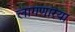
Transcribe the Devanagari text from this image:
लागणारया